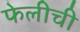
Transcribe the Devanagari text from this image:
फेलीची